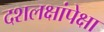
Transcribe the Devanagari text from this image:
दशलक्षांपेक्षा